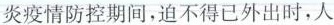
炎疫情防控期间，迫不得已外出时，人